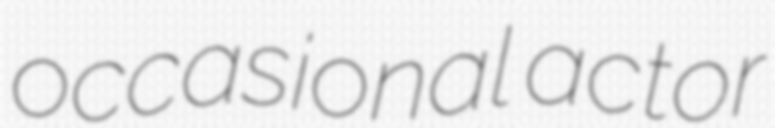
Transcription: occasional actor